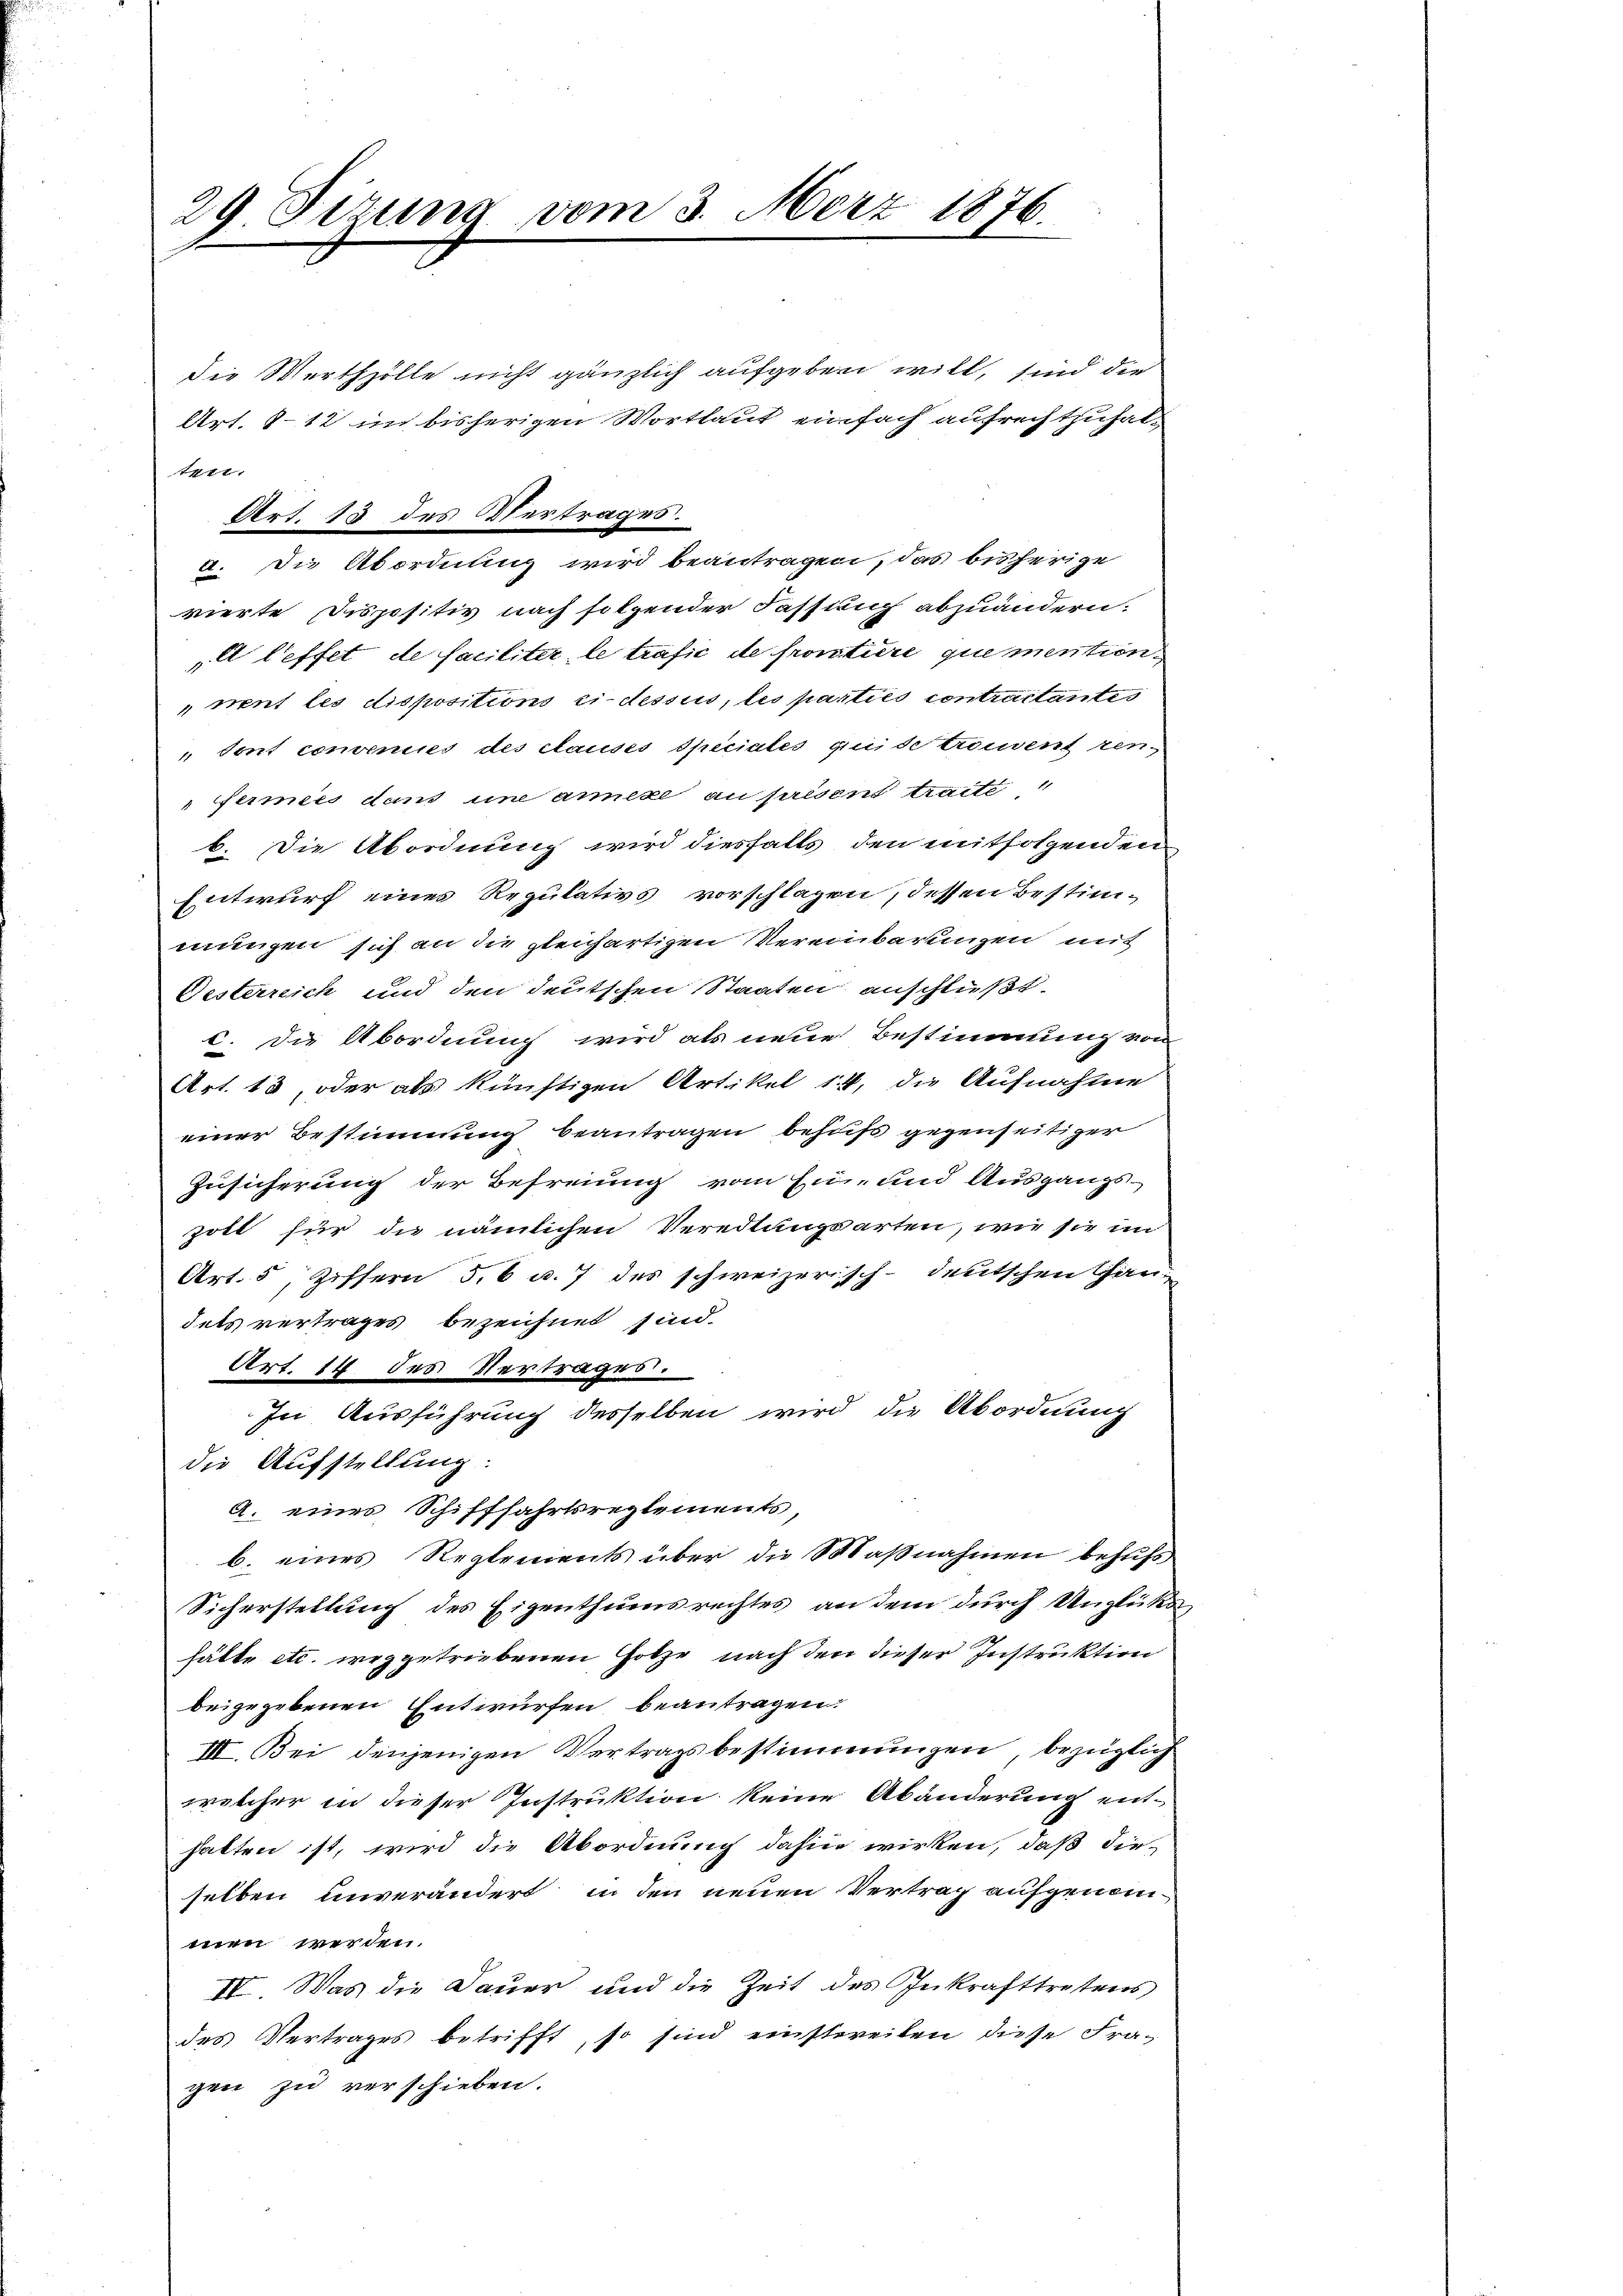
29. Sizung vom 3. März 1876.

die Werthzolle nicht gänzlich aufgeben will, sind die
Art. 812 im bisherigen Wortlaut einfach aufrechtzuhal¬
1411.
vierte Dispositiv nach folgender Fassung abzuändern:
 leffet de faciliter le trafic de frontire quemention
ment les dispositions ci-dessus, les parties contractantes
Sont convenies des causes Speciales quide trouvent ten
fermées dans une annexe au présent traite
b. Die Abordnung wird diesfalls den mitfolgenden
Entwurf eines Regulativs vorschlagen, dessen Bestim-
mungen sich an die gleichartigen Vereinbarungen mit
Gesterreich und den deutschen Staaten anschließt:
c. Die Abordnung wird als neue Bestimmung von
Art. 13, oder als künftigen Artikel 14, die Aufnahme
einer Bestimmung beantragen behufs gegenseitiger
Zusicherung der Befreiung vom Ein- und Ausgangs-
zott für die nämlichen Veredlungsarten, wie sie im
Art. 5, Ziffern 5, 6 u. 7 des schweizerisch-deutschen Gandets vertrages bezeichnet sind.
Art. 14. des Vertrages.
In Ausführung derselben wird die Abordnung
die Aufstellung.
A. eines Schifffahrtsreglements,
b. eines Reglements über die Maßnahmen behufs
Sicherstellung des Eigenthumsrechtes an dem durch Unglüka
hätte etc. weggetriebenen Hotze, nach den dieser Instruktion
beigegebenen Entwürfen beantragen.
III. Bei denjenigen Vertragsbestimmungen, bezüglich
welcher in dieser Instruktion keine Abänderung ent-
halten ist, wird die Abordnung dahin wirken, daß die-
selben unverändert in den neuen Vertrag aufgenommen werden.
IV. Was die Dauer und die Zeit des Inkrafttretens
des Vertrages betrifft, so sind einstweilen diese Fra-
gen zu verschieben.

Art. 15 des Vertrages.

a. Die Abordnung wird beantragen, das bisherige